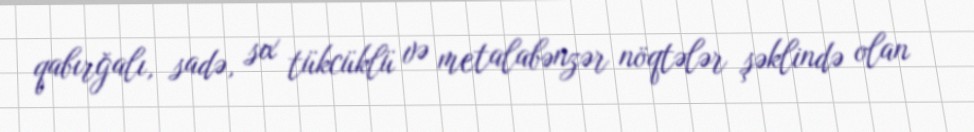
qabırğalı, sadə, sıx tükcüklü və metalabənzər nöqtələr şəklində olan